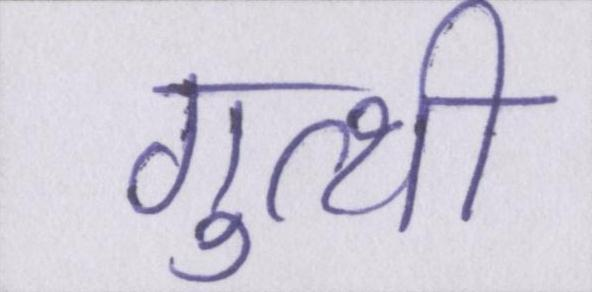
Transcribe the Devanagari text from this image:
गुत्थी